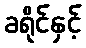
ခရိုင်နှင့်